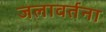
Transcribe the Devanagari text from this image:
जलावर्तना